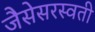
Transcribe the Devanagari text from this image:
जैसेसरस्वती